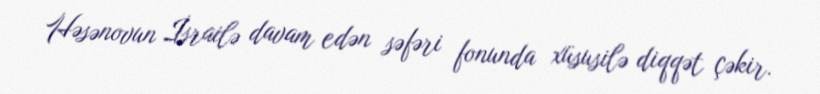
Həsənovun İsrailə davam edən səfəri fonunda xüsusilə diqqət çəkir.